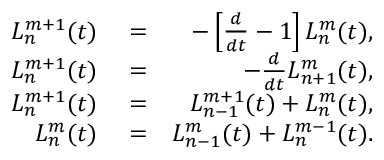
\begin{array} { r l r } { L _ { n } ^ { m + 1 } ( t ) } & { { } = } & { - \left[ \frac { d } { d t } - 1 \right] L _ { n } ^ { m } ( t ) , } \\ { L _ { n } ^ { m + 1 } ( t ) } & { { } = } & { - \frac { d } { d t } L _ { n + 1 } ^ { m } ( t ) , } \\ { L _ { n } ^ { m + 1 } ( t ) } & { { } = } & { L _ { n - 1 } ^ { m + 1 } ( t ) + L _ { n } ^ { m } ( t ) , } \\ { L _ { n } ^ { m } ( t ) } & { { } = } & { L _ { n - 1 } ^ { m } ( t ) + L _ { n } ^ { m - 1 } ( t ) . } \end{array}